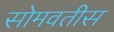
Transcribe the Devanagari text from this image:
सोमवतीस